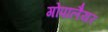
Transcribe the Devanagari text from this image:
गोपालैयर